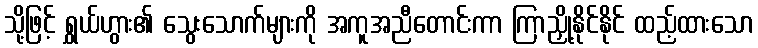
သို့ဖြင့် ရွှယ်ဟွား၏ သွေးသောက်များကို အကူအညီတောင်းကာ ကြာညှို့နိုင်နိုင် ထည့်ထားသော